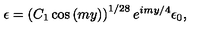
\epsilon = \left( C _ { 1 } \cos { ( m y ) } \right) ^ { 1 / 2 8 } e ^ { i m y / 4 } \epsilon _ { 0 } ,